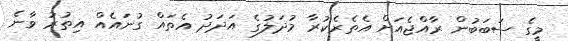
މީގެ ސަބަބުން ރާއްޖެއަށް އެތެރެކުރާ މުދަލުގެ އަދަދު އެތައް ގުނައެއް އިތުރު ވާނެ